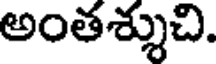
అంతశ్శుచి.